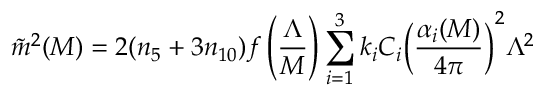
\tilde { m } ^ { 2 } ( M ) = 2 ( n _ { 5 } + 3 n _ { 1 0 } ) f \left( { \frac { \Lambda } { M } } \right) \sum _ { i = 1 } ^ { 3 } k _ { i } C _ { i } \biggl ( { \frac { \alpha _ { i } ( M ) } { 4 \pi } } \biggr ) ^ { 2 } \Lambda ^ { 2 }